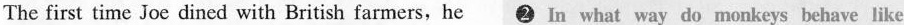
The first time Joe dined with British farmers, he 2 In what way do monkeys behave like